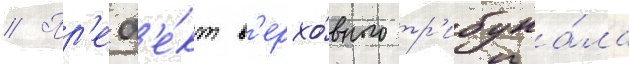
// Пр'еф'е́кт в'ерхо́вного тр'ибуна́ла